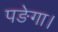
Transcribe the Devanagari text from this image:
पङेगा।